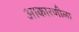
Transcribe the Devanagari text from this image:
आकारणीला